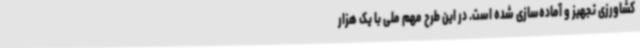
کشاورزی تجهیز و آماده‌سازی شده است. در این طرح مهم ملی با یک هزار